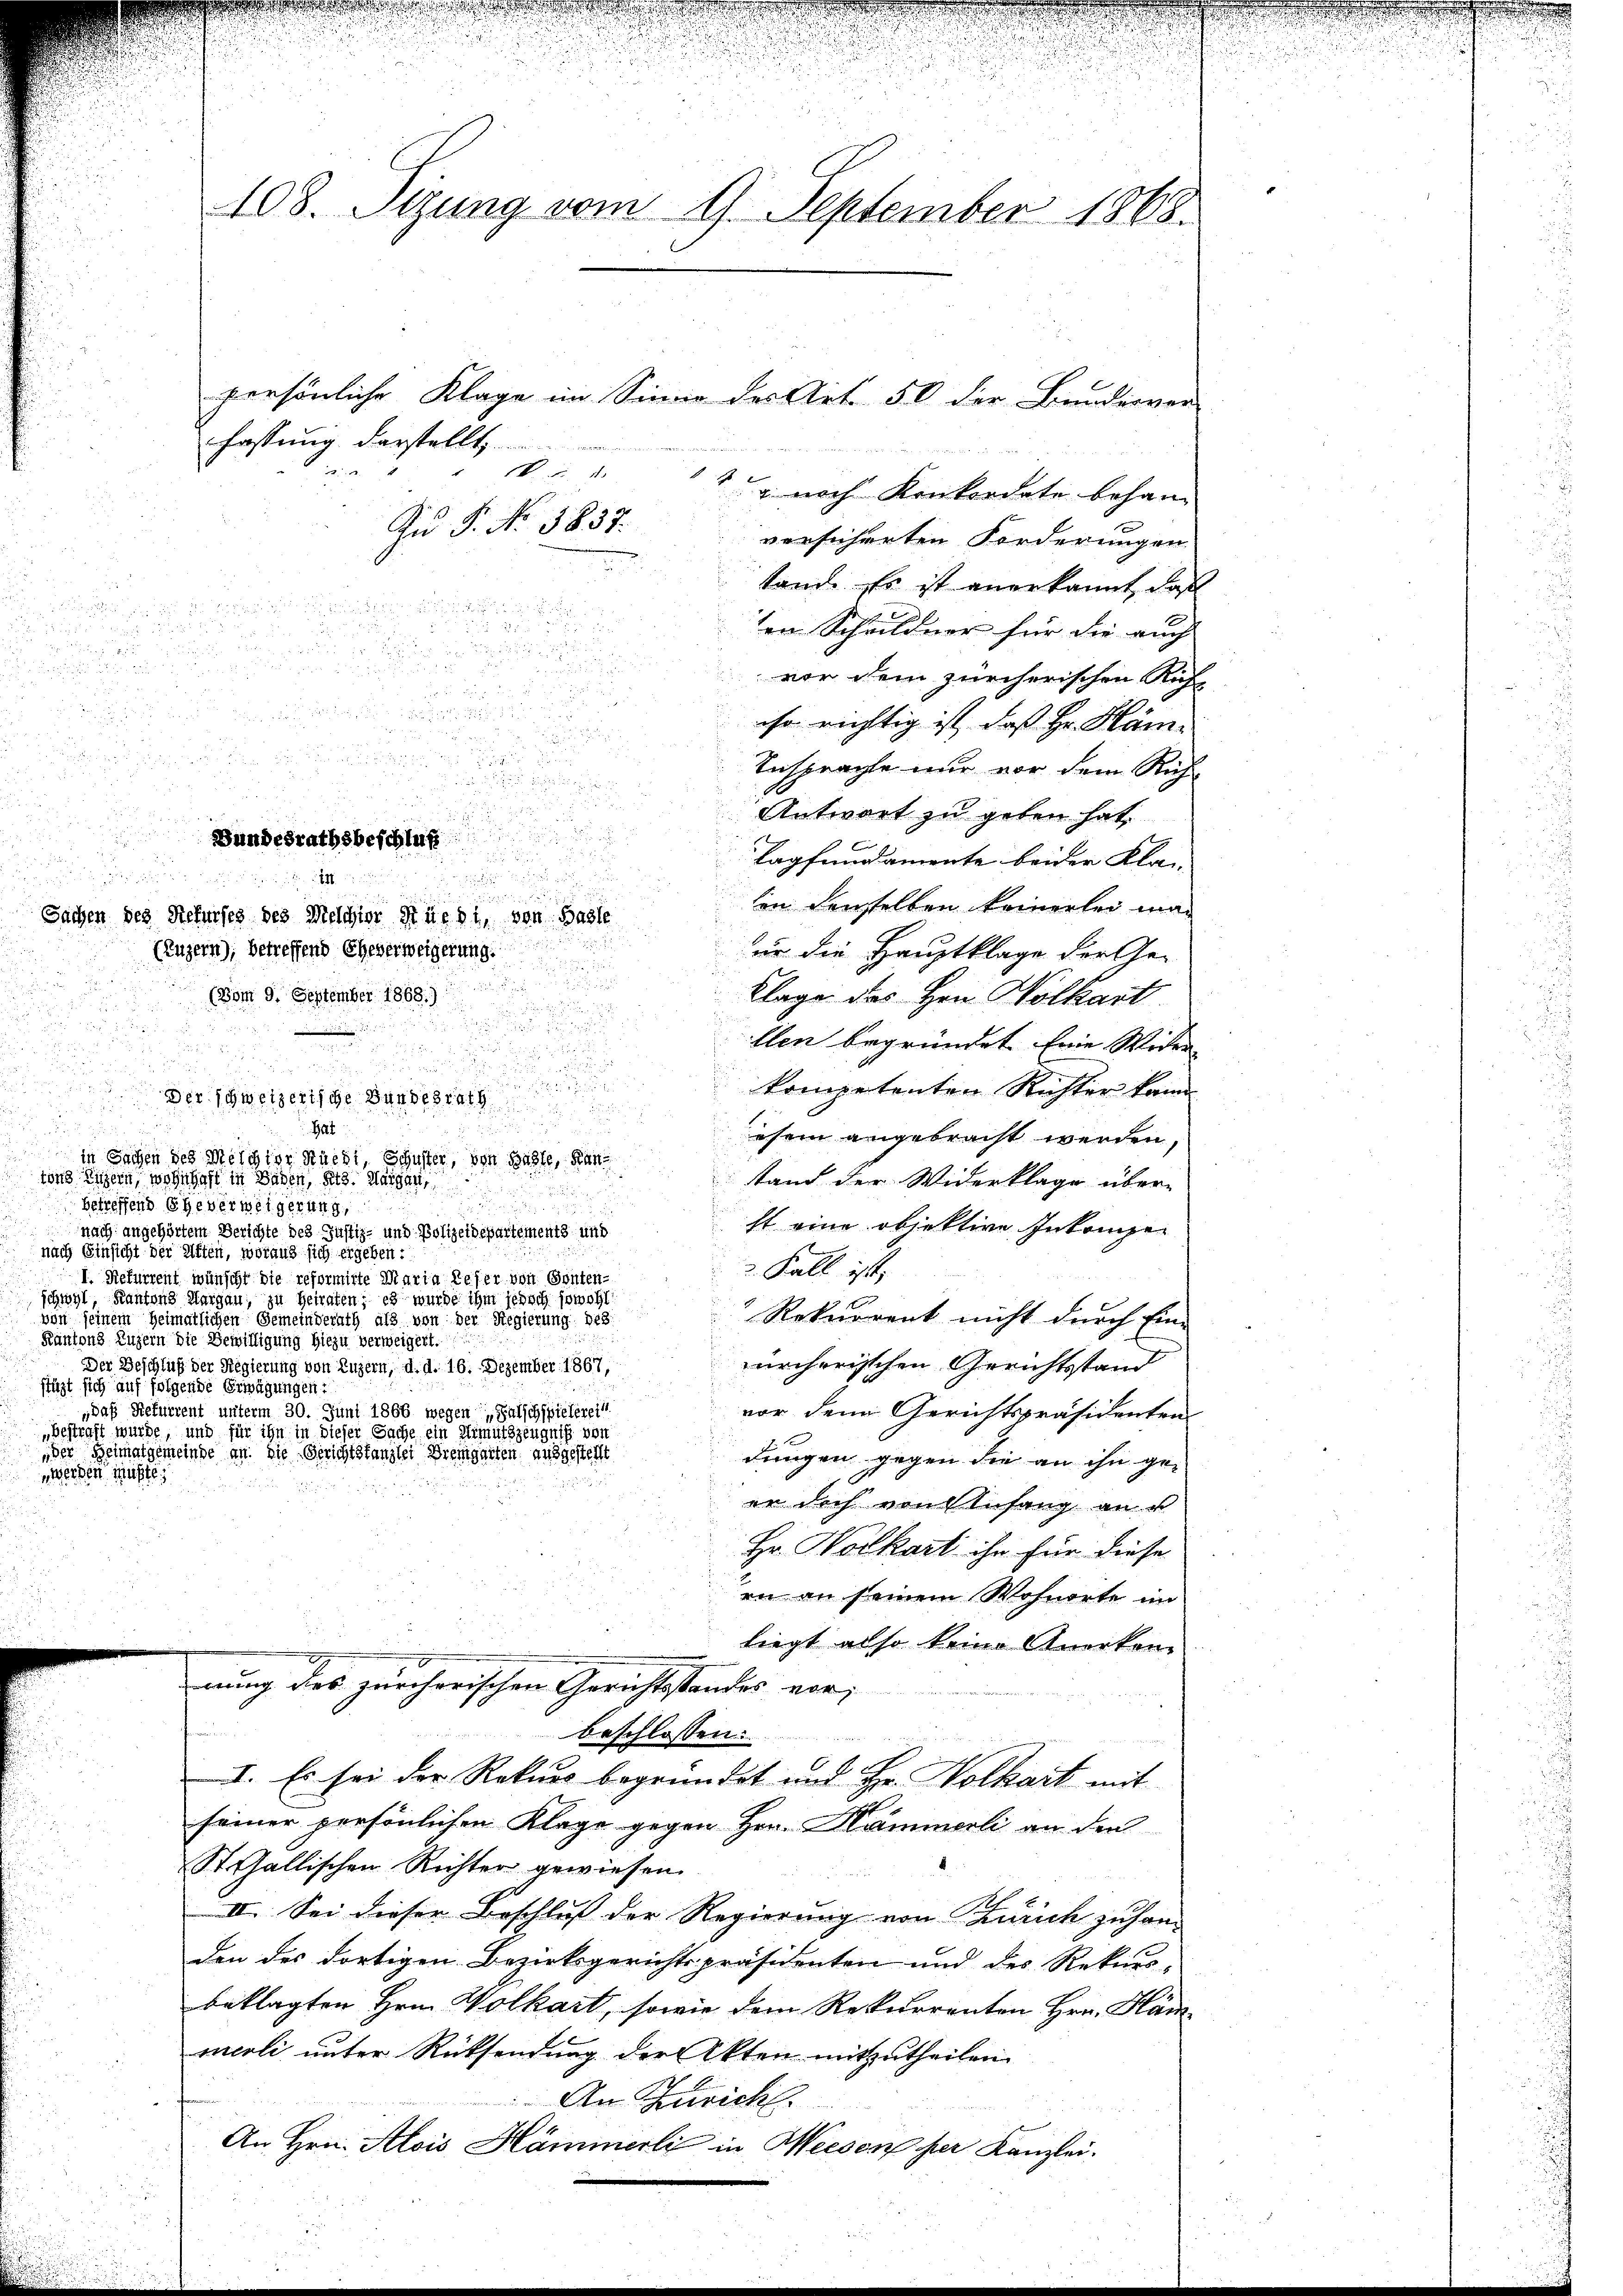
108. Stzung vom 11. September 1868.

Der schweizerische Bundesrath

Bundesrathsbeschluß

Au P. No 3857.
u

fassung darstellt,
.
. 5. d.
1 u. noch Konkordate behan
versicherten Forderungen
tand. Es ist anerkannt, daß

ten Schildner für die auch
n

vor dem zürcherischen Rich

a

iso richtig ist, daß Hr. Hämi

d
28

Ansprachte nur vor dem Rich
d

.

Antwort zu geben hat.

i
Tapfundamente beider Kla

sen denselben keinerlei man
Sachen des Rekurses des Melchior Rüedi, von Basle

ur die Hauptklage der Ge-
(Luzern); betreffend Eheverweigerung
u
 (vom 9. September 1888
Klage des Hrn. Wolkart

x
llen begründet. Eine Wider

kompetenten Richter kann

i

Gat
esein angebracht werden.
 in Sachen des Melchior Rucht, Schuster, von Basle, den
tons Luzern, wohnhaft in Baden, sitz. Morgen,
stand der Widerklage über-

betreffend Eheverweigerung,

st eine objektive Inkomper
nach angehörtem Berichte des Justiz- und Polizeidepartements und
nach Einsicht der elften, woraus sich ergeben:
 Fall ist,
I. Refurrent wünscht die reformirte Maria Keser von Senten-
schwyl, Kantons Aargau, zu heiraten; es wurde ihm jedoch sowohl
Rekurrent nicht durch Ein-
von seinem Heimatlichen Gemeinderath als von der Regierung des
d
Kantons Luzern die Bewilligung hiezu verweigert.
ürcherischen Gerichtsstand
Der Beschluß der Regierung von Luzern, d. d. 16. Dezember 1867,
stüzt sich auf folgende Erwägungen:
„daß Stefurrent unterm 30. Juni 1866 wegen „Falschspielereit
vor den Gerichtspräsidenten
bestraft wurde, und für ihn in dieser Sache ein Armutszeugniß von
der Heimatgemeinde an die Gerichtstanzlei Bremgarten ausgestellt
dungen gegen die an ihn gewerden müßte,

er doch von Infang an
Hr. Wolkart ihn für diese
rir an seinem Wohnorte im
liegt also keine Anerken-
nung des zürcherischen Gerichtstandes verbeschlossen:
I. Es sei der Rekurs begründet und Hr. Volkart mit
seiner persönlichen Klage gegen Hrn. Hammerli an den
St. Gallischen Richter gewiesen.
II. Sei dieser Beschluß der Regierung von Zürich zu han-
den des dortigen Bezirksgerichtspräsidenten und des Rekurs-
beklagten Hrn. Wolkart, sowie dem Rekurrenten Hrn. Hämmerli unter Rücksendung der Akten mitzutheilen.
An Züricht.
An Hrn. Alois Hämmerli in Weesen her Kanzlei.

persönliche Klage im Sinne des Art. 50 der Bunderver-